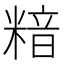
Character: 𥻚